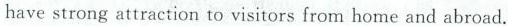
have strong attraction to visitors from home and abroad.